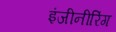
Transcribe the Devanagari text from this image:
इंजीनीरिंग